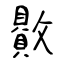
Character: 贁